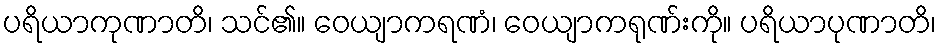
ပရိယာကုဏာတိ၊ သင်၏။ ဝေယျာကရဏံ၊ ဝေယျာကရုဏ်းကို။ ပရိယာပုဏာတိ၊